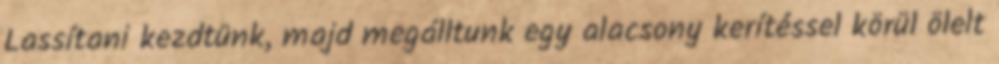
Lassítani kezdtünk, majd megálltunk egy alacsony kerítéssel körül ölelt